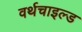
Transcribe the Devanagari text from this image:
वर्थचाइल्ड